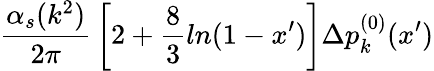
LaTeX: {\frac{\alpha_{s}(k^{2})}{2\pi}}\left[2+{\frac{8}{3}}ln(1-x^{\prime})\right]\Delta p_{k}^{(0)}(x^{\prime})